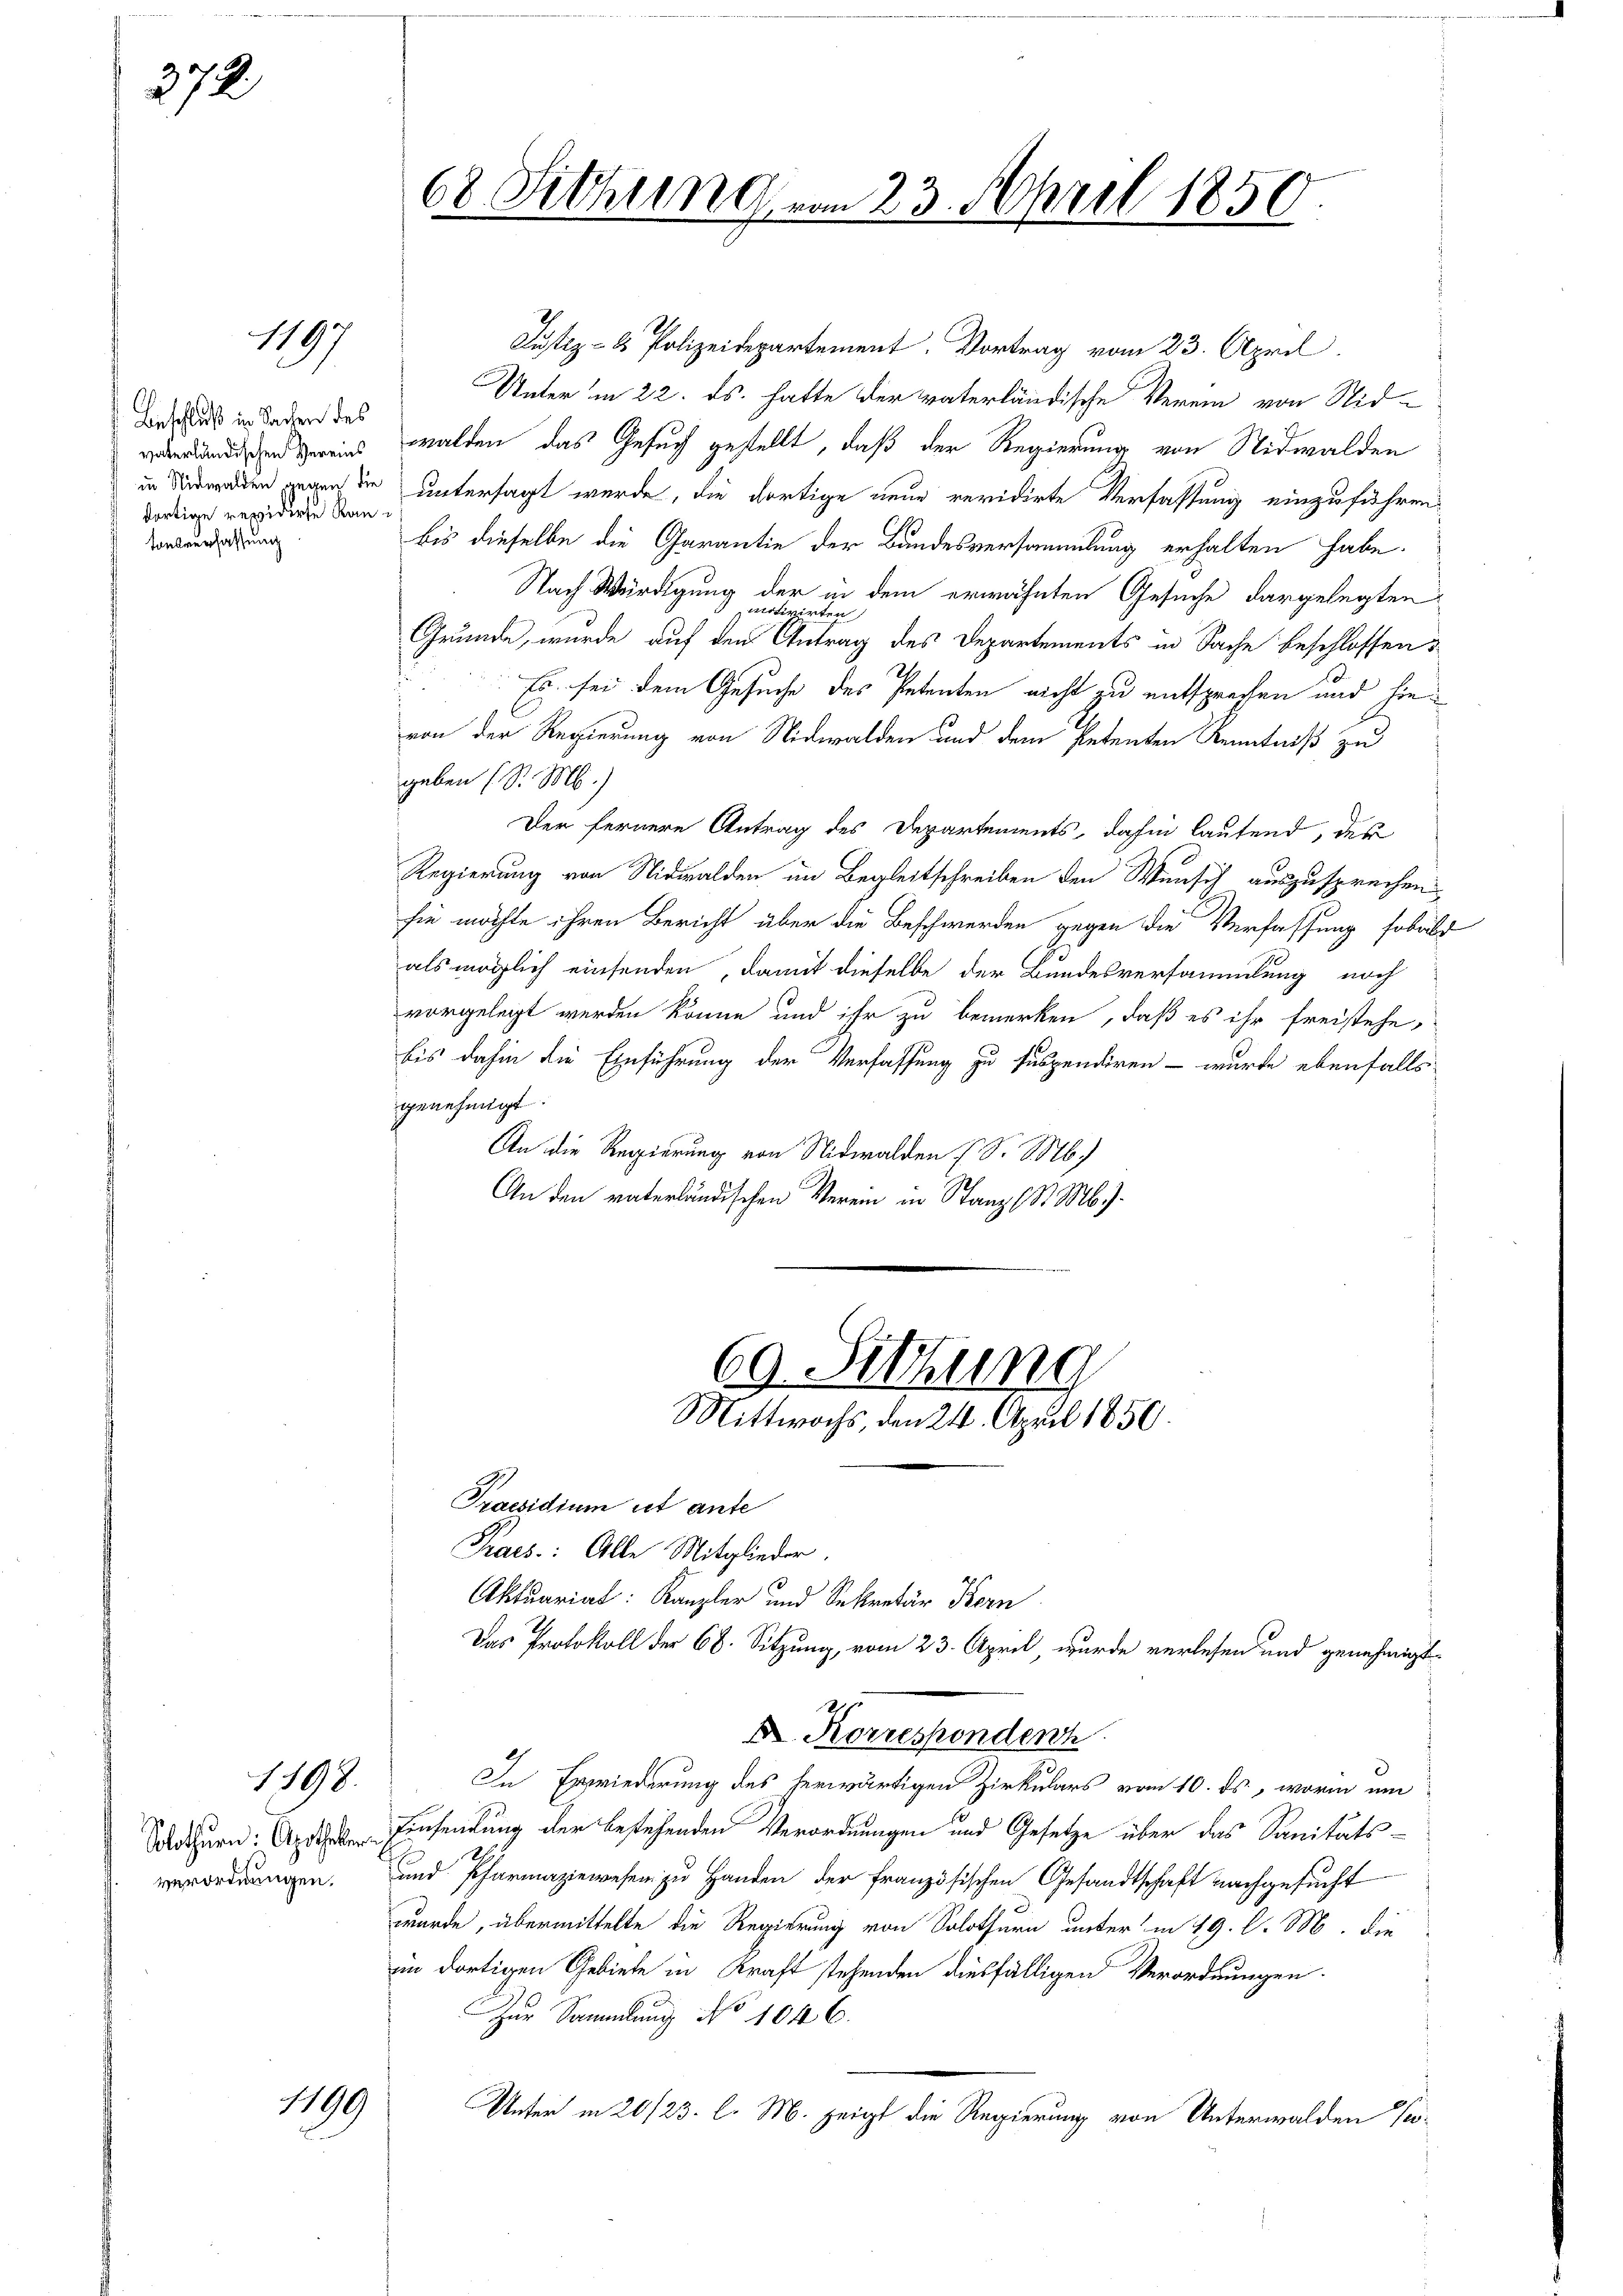
372

1197

Beschluß in Sachen des
dortige revidirte Kan¬
Tonsverfassung

verordnungen.

1198.

Justiz- & Polizeidepartement. Vortrag vom 23. April.
Unter in 22. ds. hatte der vaterländische Verein von Nidunden gereins walden das Gesuch gestellt, daß der Regierung von Nidwalden
in Nidwalden gegen die untersagt werde, die dortige neue revidirte Verfassung einzuführen.
bis dieselbe die Garantie der Bundesversammlung erhalten habe.
Nach Würdigung der in dem erwähnten Gesuche dargelegten
motivirten
Grunde, wurde auf den Antrag des Departements in Sache beschlossen:
Es sei dem Gesuche des Petenten nicht zu entsprechen und hievon der Regierung von Nidwalden und dem Petenten Kenntniß zu
geben (S. M.)
Der fernere Antrag des Departements, dahin laufend, der
Regierung von Nidwalden im Begleitschreiben den Wunsch auszusprechen
sie möchte ihren Bericht über die Beschwerden gegen die Verfassung sobald
als möglich einsenden, damit dieselbe der Bundesversammlung noch
vorgelegt werden könne und ihr zu bemerken, daß es ihr freistehe,
bis dahin die Einführung der Verfassung zu suspendiren - wurde ebenfalls
genehmigt.
An die Regierung von Nidwalden (S. 16.)
An den vaterländischen Verein in Stanz (S. M.).

1199

68 Fithung vom 23. April 1850
e

Praesidium ist ante
Praes: Alle Mitglieder.
Aktuariat: Kanzler und Sekretär Kern
Das Protokoll der 68. Sitzung, vom 23. April, wurde verlesen und genehmigt
In Erwiederung des herwärtigen Zirkulars vom 10. ds, worin um
Solothurn. Einsendung der bestehenden Verordnungen und Gesetze über das Sanitäts-
und Pfarmaziewesen zu Handen der französischen Gesandtschaft nachgesucht
wurde, übermittelte die Regierung von Solothurn unter in 19. d. M. die
im dortigen Gebiete in Kraft stehenden diesfälligen Verordnungen.
Zur Sammlung No 1046.
Unter in 20/23. l. M. zeigt die Regierung von Unterwalden Pro¬

69. Sitzung
Mittwochs, den 24. April 1856.

D. Korrespondenh